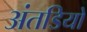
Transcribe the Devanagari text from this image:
अंतडियों